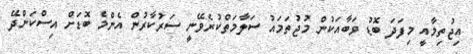
އިޖުތިމާއީ މިފަދަ ބޮޑު ވަބާއަކުން މުޖުތަމައު ސަލާމަތްކުރެވޭނީ ސަރުކާރުން އެންމެ ބޮޑަށް އިސްކަންދޭ